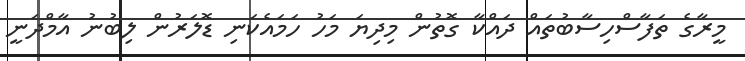
މީރާގެ ތަފާސްހިސާބުތައް ދައްކާ ގޮތުން މިދިޔަ މަހު ހަމައެކަނި ޑޮލަރުން ލިބުނު އާމްދަނީ